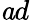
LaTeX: {\mathit ad}